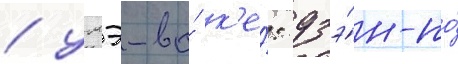
/ умэ-ва́ к'е́: дзэ́н-но́